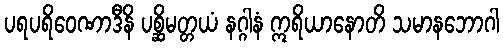
ပရပရိဝေဏာဒီနိ ပစ္ဆိမတ္တယံ နဂ္ဂါနံ ဣရိယာနောတိ သမာနဘောဂါ